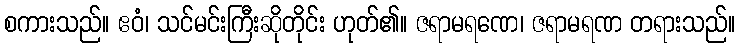
စကားသည်။ ဧဝံ၊ သင်မင်းကြီးဆိုတိုင်း ဟုတ်၏။ ဇရာမရဏေ၊ ဇရာမရဏ တရားသည်။